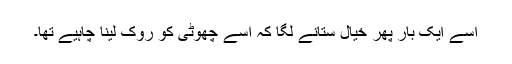
اسے ایک بار پھر خیال ستانے لگا کہ اسے چھوٹی کو روک لینا چاہیے تھا۔